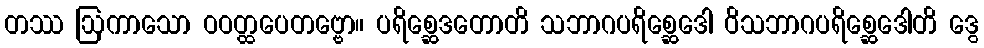
တဿ ဩကာသော ဝဝတ္ထပေတဗ္ဗော။ ပရိစ္ဆေဒတောတိ သဘာဂပရိစ္ဆေဒေါ ဝိသဘာဂပရိစ္ဆေဒေါတိ ဒွေ